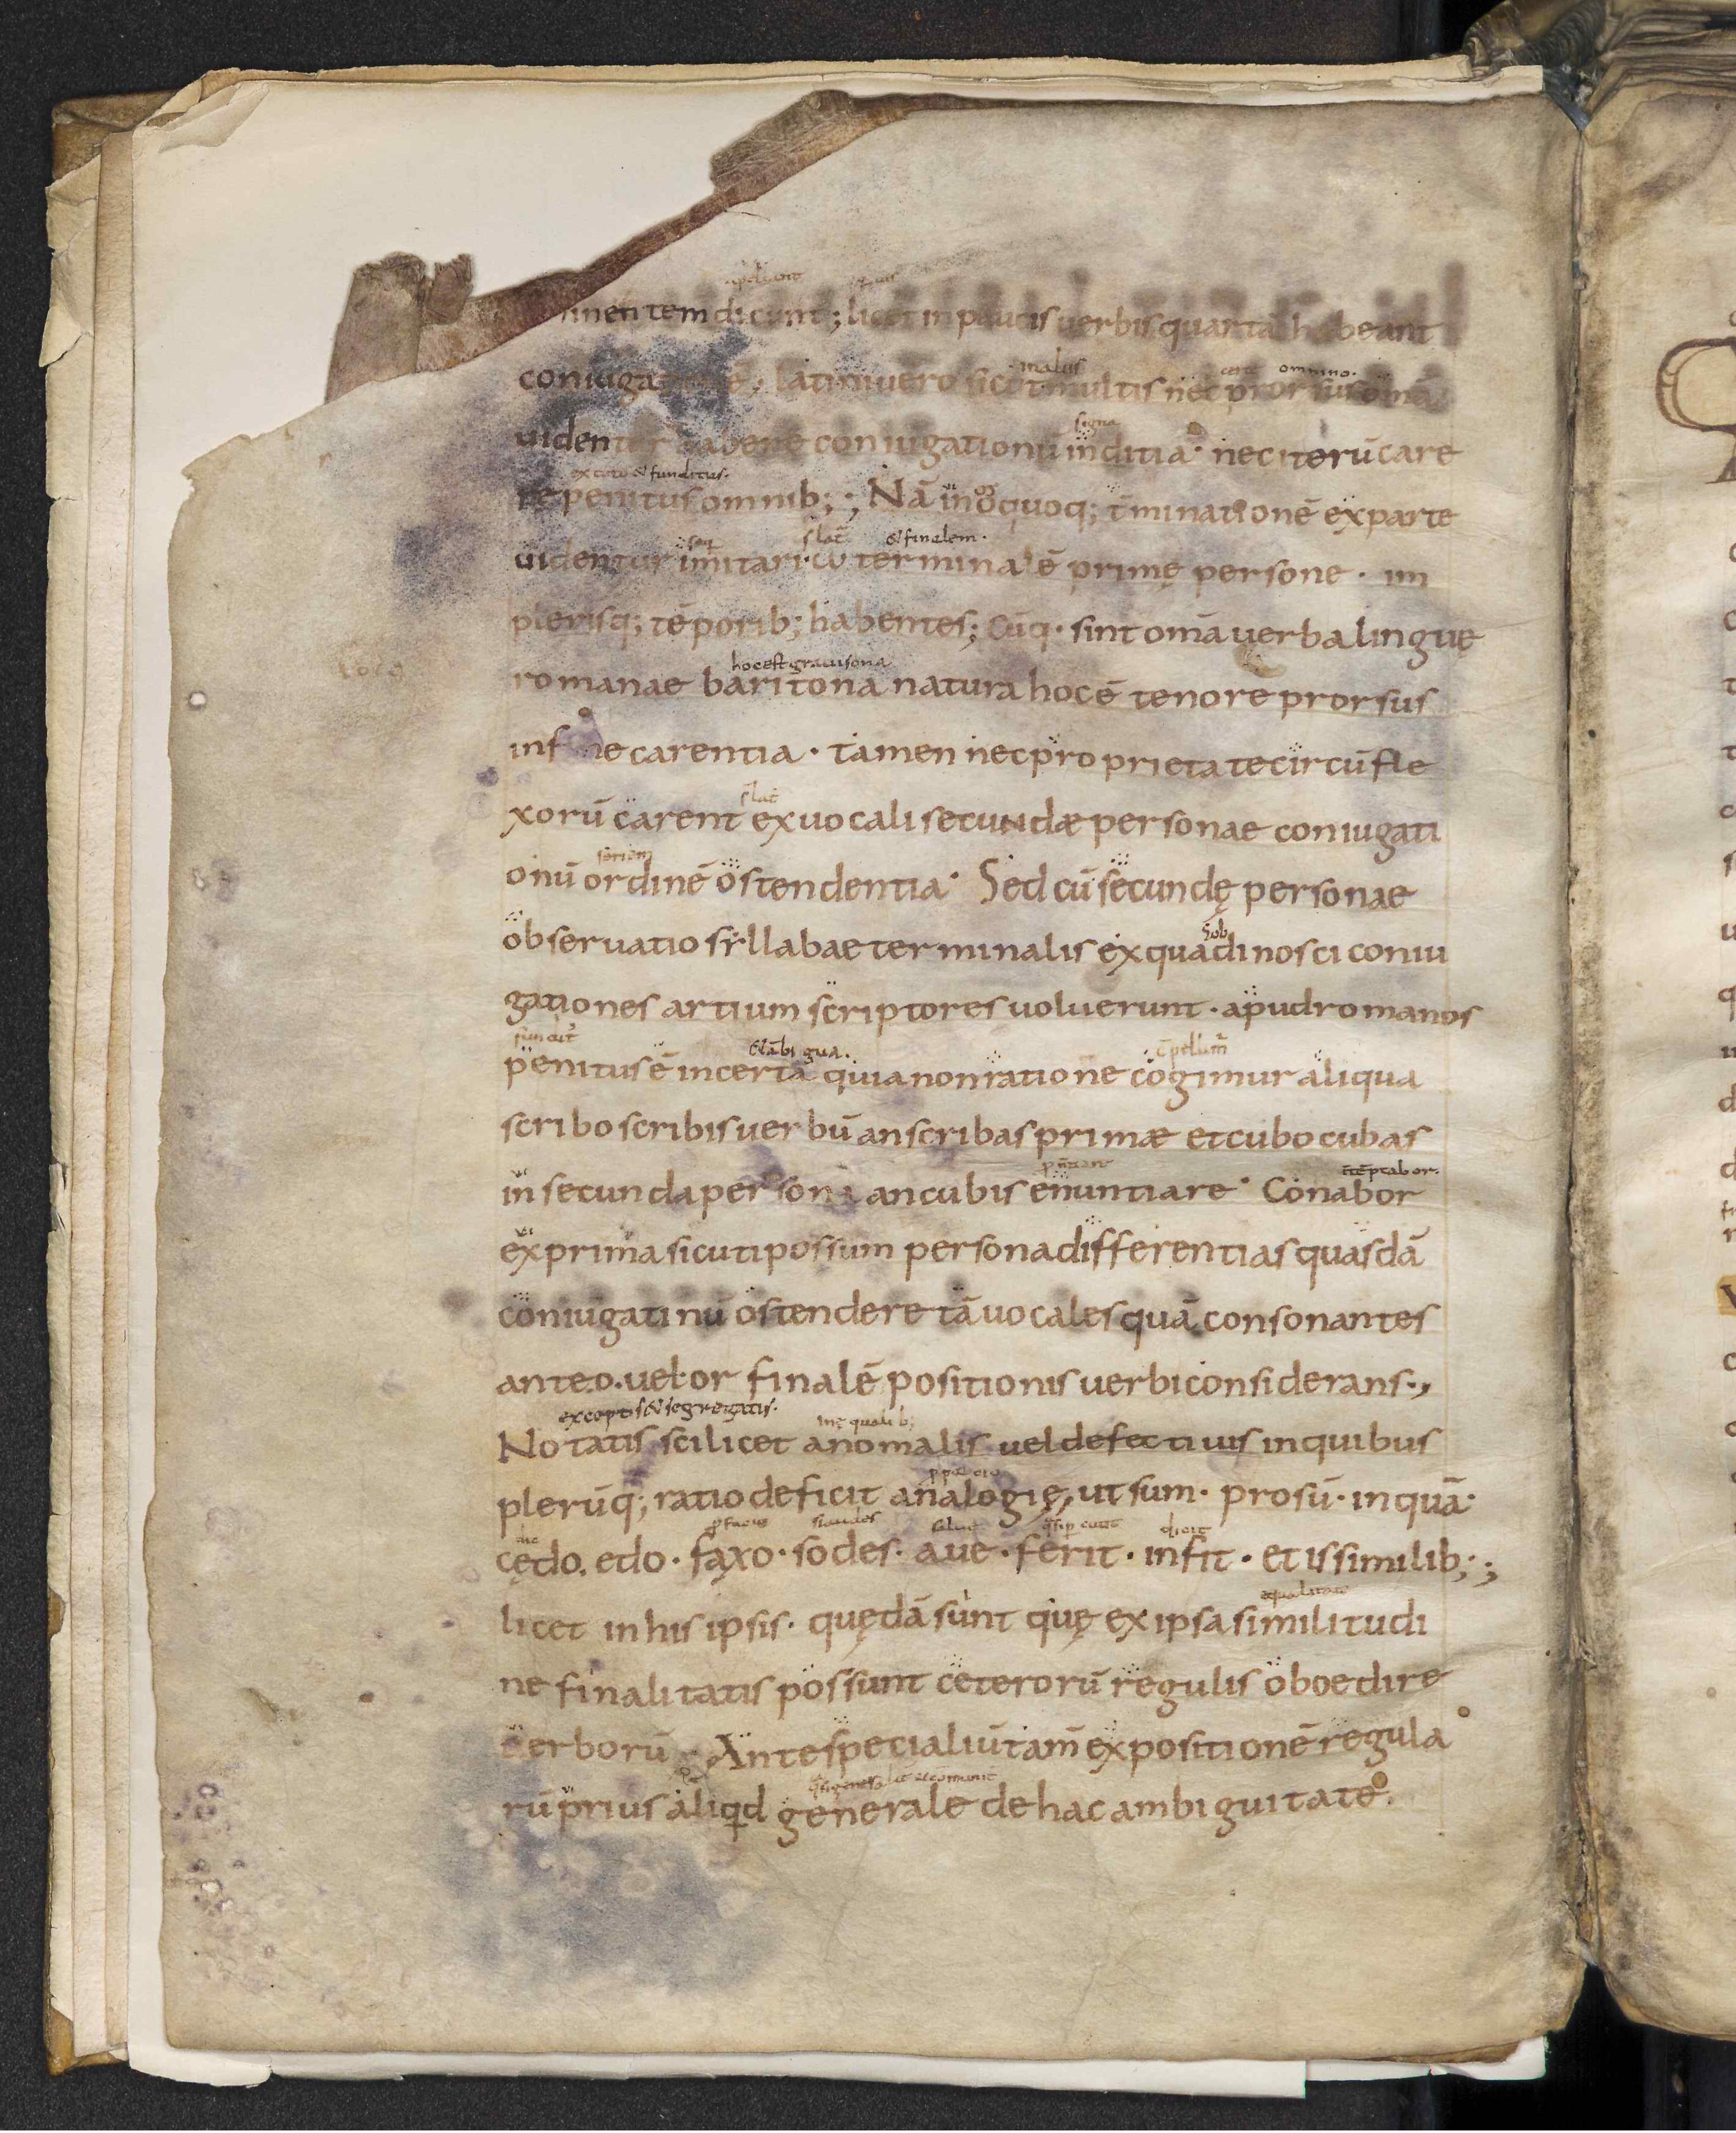
Shelfmark: Leiden, Bibliotheek der Rijksuniversiteit, Voss. Lat. O 41
Century: 9